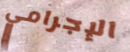
الإجرامي